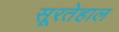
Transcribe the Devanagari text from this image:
सूरतेहाल